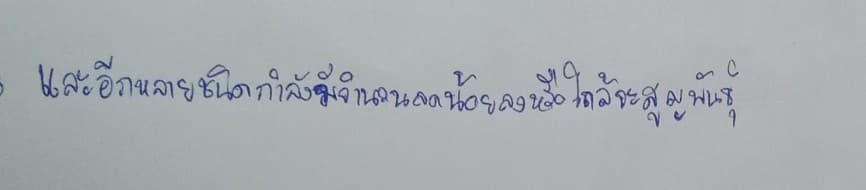
และอีกหลายชนิดกำลังมีจำนวนลดน้อยลงหรือใกล้จะสูญพันธุ์